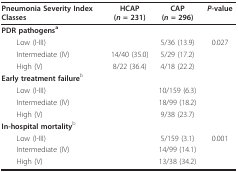
<table><thead><tr><td><b>Pneumonia Severity Index Classes</b></td><td><b>HCAP(<i>n </i>= 231)</b></td><td><b>CAP(<i>n </i>= 296)</b></td><td><b><i>P</i>-value</b></td></tr></thead><tbody><tr><td><b>PDR pathogens</b><sup>a</sup></td><td>[EMPTY_CELL]</td><td>[EMPTY_CELL]</td><td>[EMPTY_CELL]</td></tr><tr><td> Low (I-III)</td><td>[EMPTY_CELL]</td><td>5/36 (13.9)</td><td>0.027</td></tr><tr><td> Intermediate (IV)</td><td>14/40 (35.0)</td><td>5/29 (17.2)</td><td>[EMPTY_CELL]</td></tr><tr><td> High (V)</td><td>8/22 (36.4)</td><td>4/18 (22.2)</td><td>[EMPTY_CELL]</td></tr><tr><td><b>Early treatment failure</b><sup>b</sup></td><td>[EMPTY_CELL]</td><td>[EMPTY_CELL]</td><td>[EMPTY_CELL]</td></tr><tr><td> Low (I-III)</td><td>[EMPTY_CELL]</td><td>10/159 (6.3)</td><td>[EMPTY_CELL]</td></tr><tr><td> Intermediate (IV)</td><td>[EMPTY_CELL]</td><td>18/99 (18.2)</td><td>[EMPTY_CELL]</td></tr><tr><td> High (V)</td><td>[EMPTY_CELL]</td><td>9/38 (23.7)</td><td>[EMPTY_CELL]</td></tr><tr><td><b>In-hospital mortality</b><sup>b</sup></td><td>[EMPTY_CELL]</td><td>[EMPTY_CELL]</td><td>[EMPTY_CELL]</td></tr><tr><td> Low (I-III)</td><td>[EMPTY_CELL]</td><td>5/159 (3.1)</td><td>0.001</td></tr><tr><td> Intermediate (IV)</td><td>[EMPTY_CELL]</td><td>14/99 (14.1)</td><td>[EMPTY_CELL]</td></tr><tr><td> High (V)</td><td>[EMPTY_CELL]</td><td>13/38 (34.2)</td><td>[EMPTY_CELL]</td></tr></tbody></table>